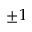
\pm 1